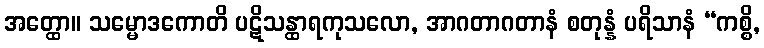
အတ္ထော။ သမ္မောဒကောတိ ပဋိသန္ထာရကုသလော, အာဂတာဂတာနံ စတုန္နံ ပရိသာနံ “ကစ္စိ,